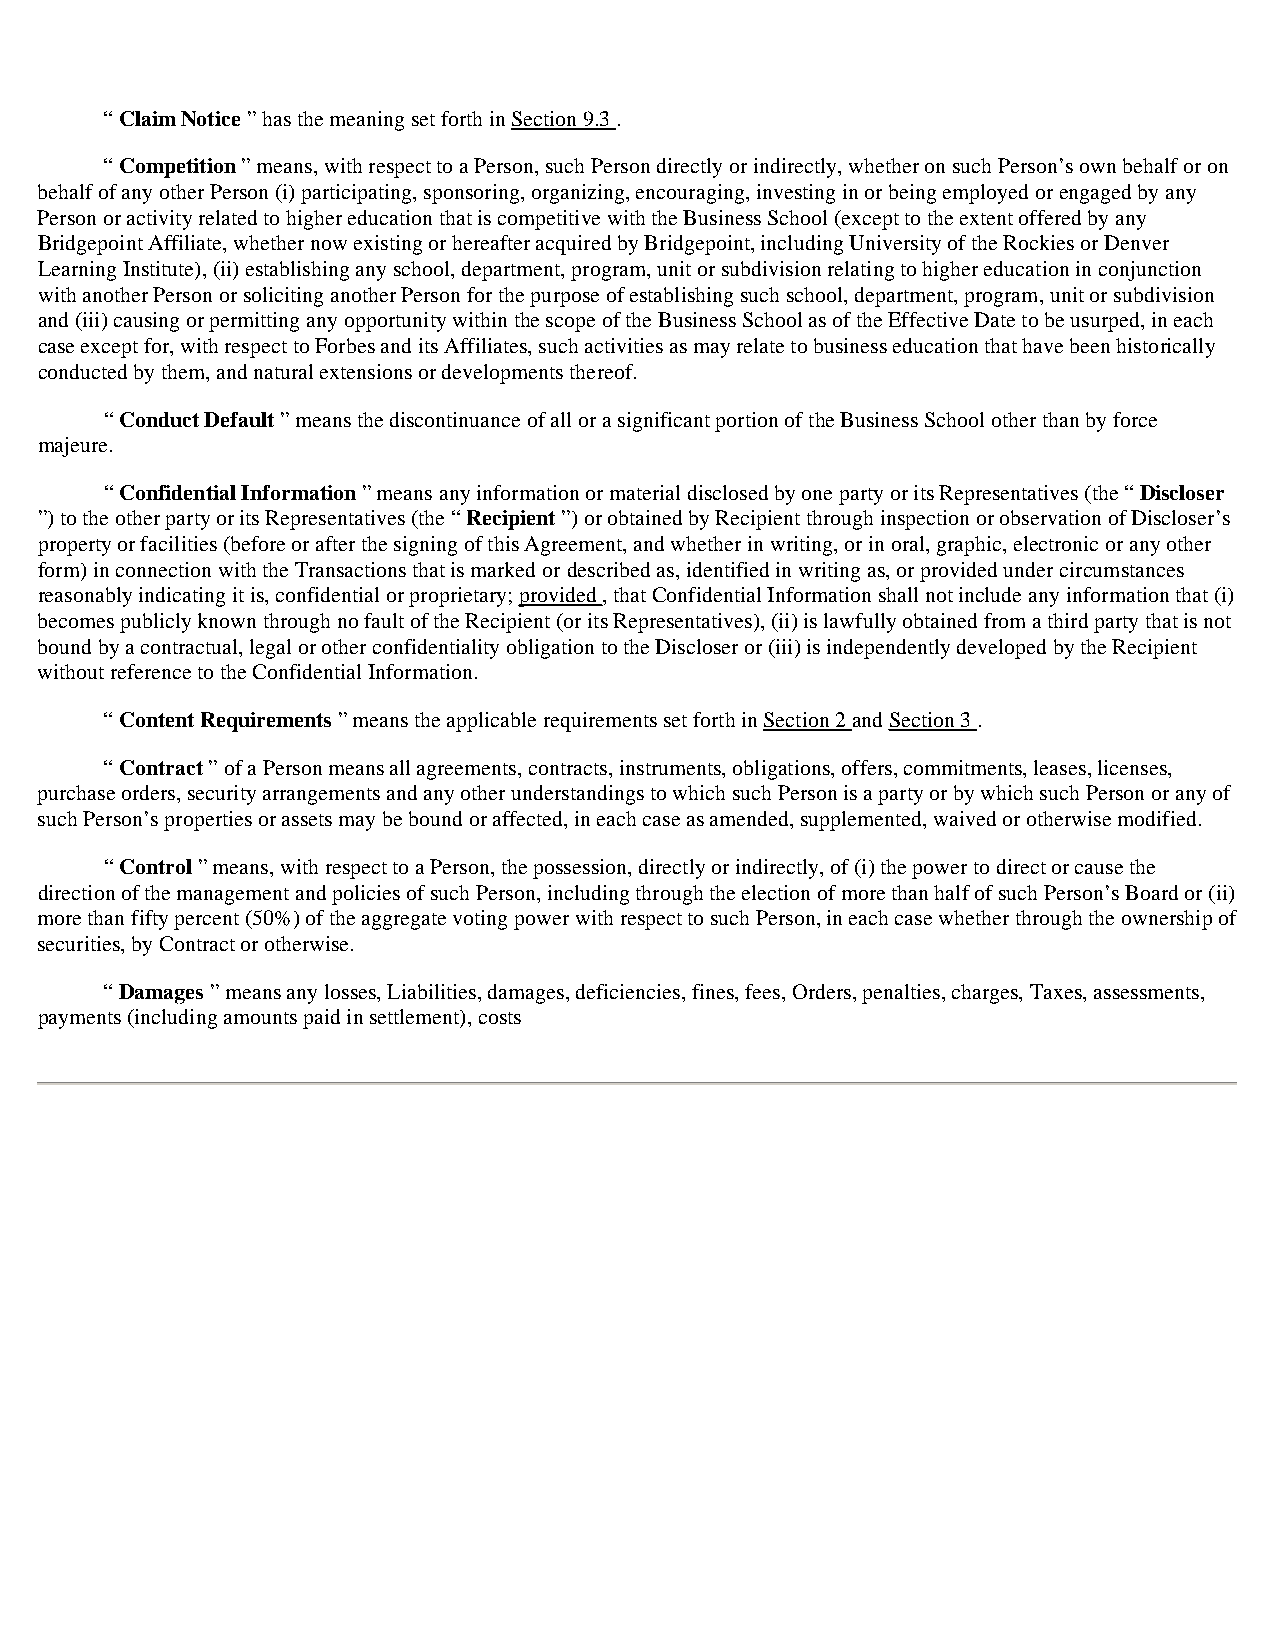
“ Claim Notice ” has the meaning set forth in Section 9.3 .
 “ Competition ” means, with respect to a Person, such Person directly or indirectly, whether on such Person’s own behalf or on
 behalf of any other Person (i) participating, sponsoring, organizing, encouraging, investing in or being employed or engaged by any
 Person or activity related to higher education that is competitive with the Business School (except to the extent offered by any
 Bridgepoint Affiliate, whether now existing or hereafter acquired by Bridgepoint, including University of the Rockies or Denver
 Learning Institute), (ii) establishing any school, department, program, unit or subdivision relating to higher education in conjunction
 with another Person or soliciting another Person for the purpose of establishing such school, department, program, unit or subdivision
 and (iii) causing or permitting any opportunity within the scope of the Business School as of the Effective Date to be usurped, in each
 case except for, with respect to Forbes and its Affiliates, such activities as may relate to business education that have been historically
 conducted by them, and natural extensions or developments thereof.
 “ Conduct Default ” means the discontinuance of all or a significant portion of the Business School other than by force
 majeure.
 “ Confidential Information ” means any information or material disclosed by one party or its Representatives (the “ Discloser
 ”) to the other party or its Representatives (the “ Recipient ”) or obtained by Recipient through inspection or observation of Discloser’s
 property or facilities (before or after the signing of this Agreement, and whether in writing, or in oral, graphic, electronic or any other
 form) in connection with the Transactions that is marked or described as, identified in writing as, or provided under circumstances
 reasonably indicating it is, confidential or proprietary; provided , that Confidential Information shall not include any information that (i)
 becomes publicly known through no fault of the Recipient (or its Representatives), (ii) is lawfully obtained from a third party that is not
 bound by a contractual, legal or other confidentiality obligation to the Discloser or (iii) is independently developed by the Recipient
 without reference to the Confidential Information.
 “ Content Requirements ” means the applicable requirements set forth in Section 2 and Section 3 .
 “ Contract ” of a Person means all agreements, contracts, instruments, obligations, offers, commitments, leases, licenses,
 purchase orders, security arrangements and any other understandings to which such Person is a party or by which such Person or any of
 such Person’s properties or assets may be bound or affected, in each case as amended, supplemented, waived or otherwise modified.
 “ Control ” means, with respect to a Person, the possession, directly or indirectly, of (i) the power to direct or cause the
 direction of the management and policies of such Person, including through the election of more than half of such Person’s Board or (ii)
 more than fifty percent (50%) of the aggregate voting power with respect to such Person, in each case whether through the ownership of
 securities, by Contract or otherwise.
 “ Damages ” means any losses, Liabilities, damages, deficiencies, fines, fees, Orders, penalties, charges, Taxes, assessments,
 payments (including amounts paid in settlement), costs